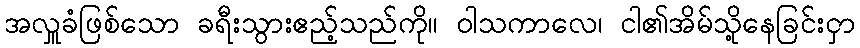
အလှူခံဖြစ်သော ခရီးသွားဧည့်သည်ကို။ ဝါသကာလေ၊ ငါ၏အိမ်သို့နေခြင်းငှာ